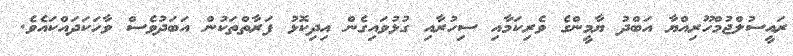
ރައީސުލްޖުމްހޫރިއްޔާ އަބްދު ޔާމީންގެ ވެރިކަމާއި ސިހުރާއި ގުޅުވައިގެން އިދިކޮޅު ފަރާތްތަކުން އަބަދުވެސް ވާހަކަދައްކައެވެ.